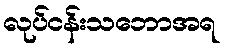
လုပ်ငန်းသဘောအရ